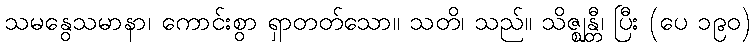
သမနွေသမာနာ၊ ကောင်းစွာ ရှာတတ်သော။ သတိ၊ သည်။ သိဇ္ဈန္တီ၊ ပြီး (ပေ ၁၉၀)